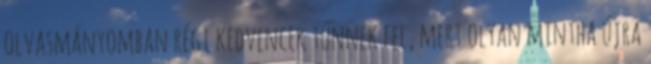
olvasmányomban régi kedvencek tűnnek fel, mert olyan mintha újra